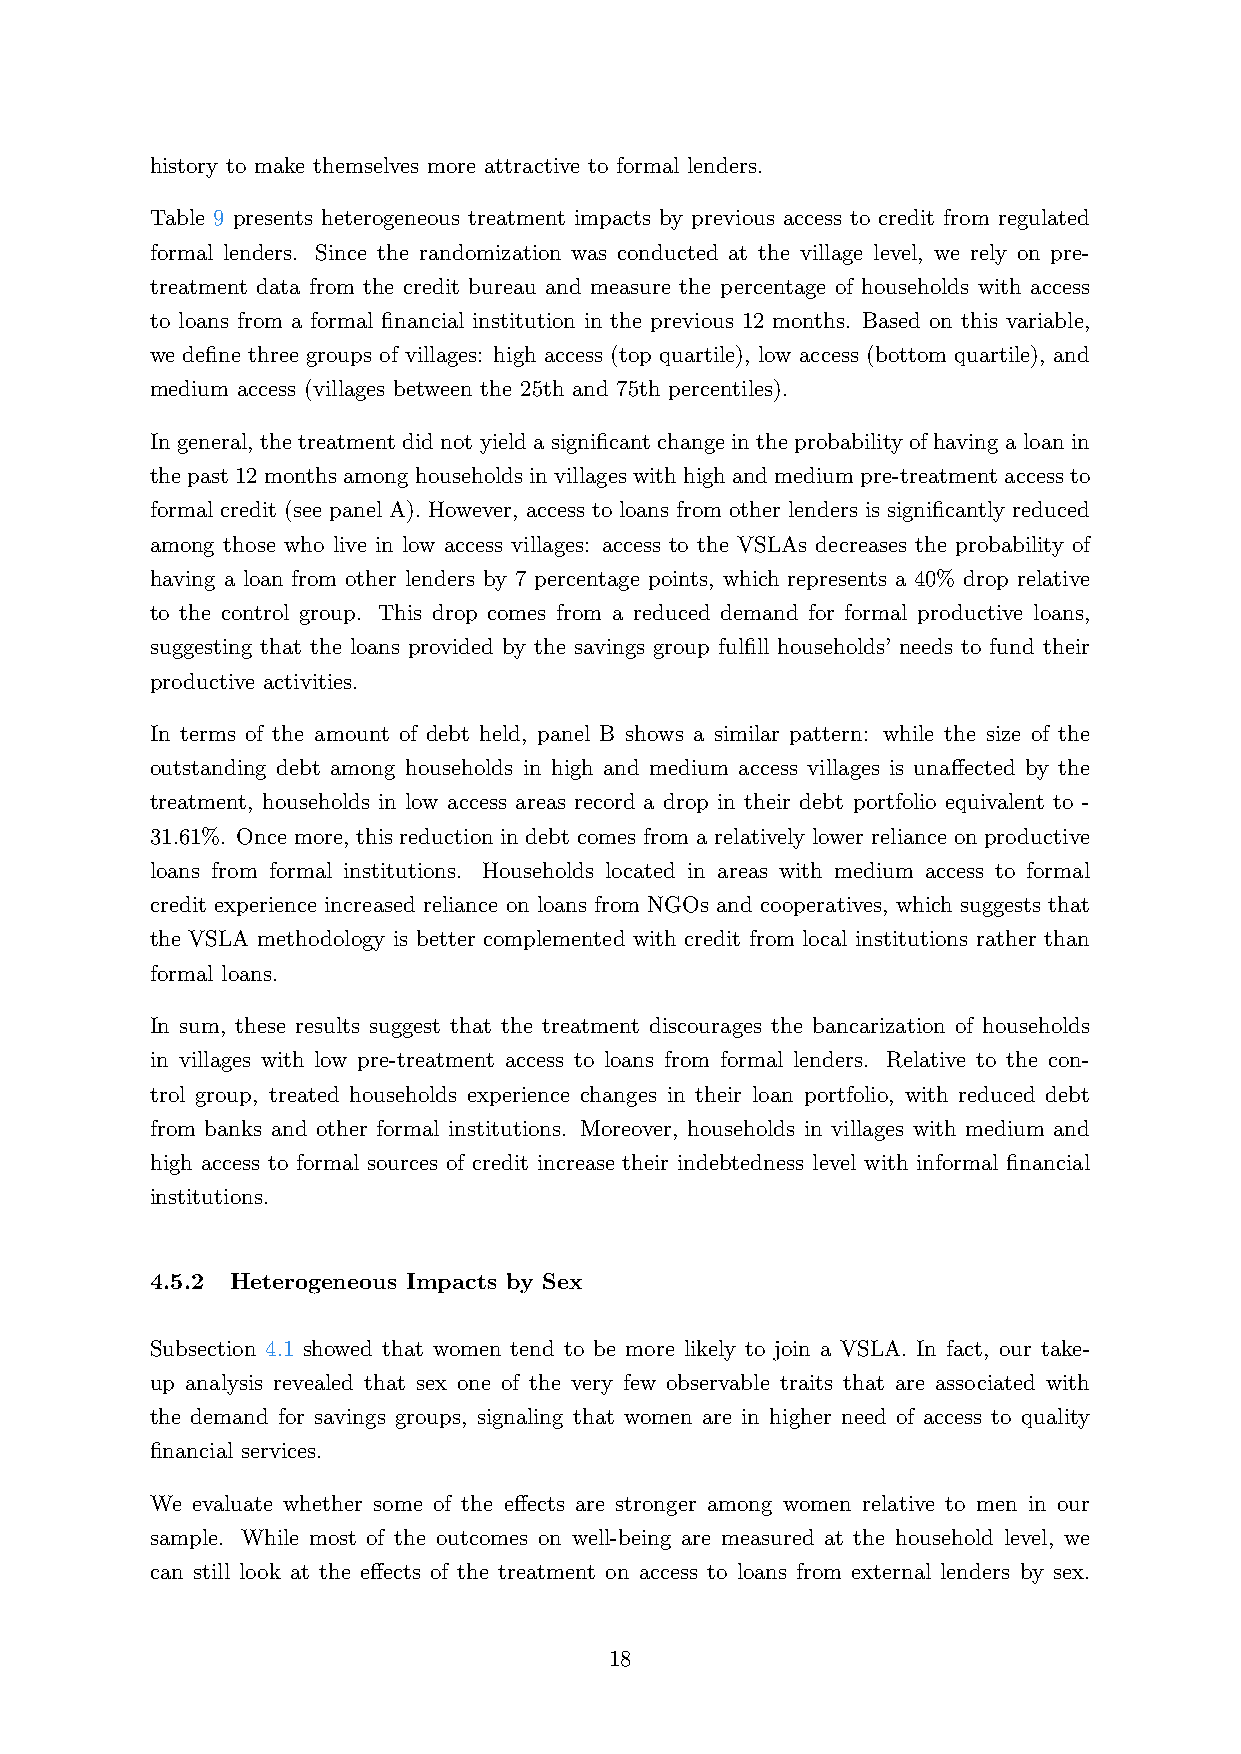
history to make themselves more attractive to formal lenders.
 Table 9 presents heterogeneous treatment impacts by previous access to credit from regulated
 formal lenders. Since the randomization was conducted at the village level, we rely on pre-
 treatment data from the credit bureau and measure the percentage of households with access
 to loans from a formal financial institution in the previous 12 months. Based on this variable,
 we define three groups of villages: high access (top quartile), low access (bottom quartile), and
 medium access (villages between the 25th and 75th percentiles).
 In general, the treatment did not yielda significant change in the probability of having a loan in
 thepast12monthsamonghouseholdsinvillageswithhighandmediumpre-treatmentaccessto
 formal credit (see panel A). However, access to loans from other lenders is significantly reduced
 among those who live in low access villages: access to the VSLAs decreases the probability of
 having a loan from other lenders by 7 percentage points, which represents a 40% drop relative
 to the control group. This drop comes from a reduced demand for formal productive loans,
 suggesting that the loans provided by the savings group fulfill households’ needs to fund their
 productive activities.
 In terms of the amount of debt held, panel B shows a similar pattern: while the size of the
 outstanding debt among households in high and medium access villages is unaffected by the
 treatment, households in low access areas record a drop in their debt portfolio equivalent to -
 31.61%. Once more, this reduction in debt comes from a relatively lower reliance on productive
 loans from formal institutions. Households located in areas with medium access to formal
 credit experience increased reliance on loans from NGOs and cooperatives, which suggests that
 the VSLA methodology is better complemented with credit from local institutions rather than
 formal loans.
 In sum, these results suggest that the treatment discourages the bancarization of households
 in villages with low pre-treatment access to loans from formal lenders. Relative to the con-
 trol group, treated households experience changes in their loan portfolio, with reduced debt
 from banks and other formal institutions. Moreover, households in villages with medium and
 high access to formal sources of credit increase their indebtedness level with informal financial
 institutions.
 4.5.2 Heterogeneous Impacts by Sex
 Subsection 4.1 showed that women tend to be more likely to join a VSLA. In fact, our take-
 up analysis revealed that sex one of the very few observable traits that are associated with
 the demand for savings groups, signaling that women are in higher need of access to quality
 financial services.
 We evaluate whether some of the effects are stronger among women relative to men in our
 sample. While most of the outcomes on well-being are measured at the household level, we
 can still look at the effects of the treatment on access to loans from external lenders by sex.
 18